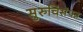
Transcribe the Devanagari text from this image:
सुरुचिसंपन्न